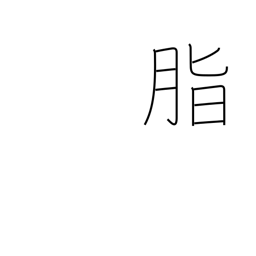
Meaning: rosin